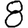
Digit: 8